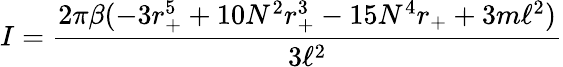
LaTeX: I=\frac{2\pi\beta(-3r_{+}^{5}+10N^{2}r_{+}^{3}-15N^{4}r_{+}+3m\ell^{2})}{3\ell^{2}}